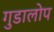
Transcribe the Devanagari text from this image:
गुडालोप